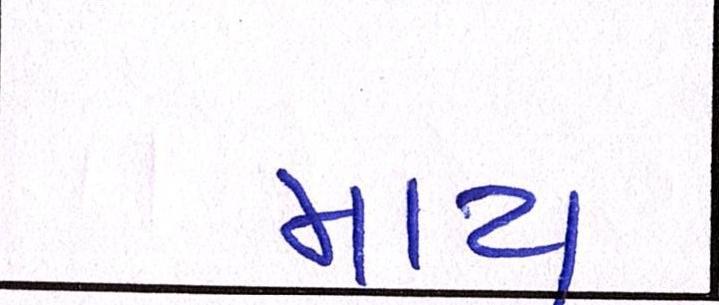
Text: માય